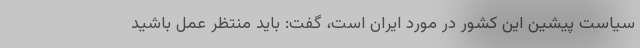
سیاست پیشین این کشور در مورد ایران است، گفت: باید منتظر عمل باشید